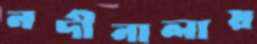
নদীনালায়